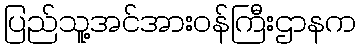
ပြည်သူ့အင်အားဝန်ကြီးဌာနက